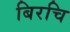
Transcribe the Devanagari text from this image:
बिरचि